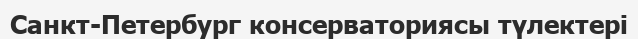
Санкт-Петербург консерваториясы түлектері